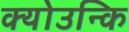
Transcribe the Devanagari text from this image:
क्योउन्कि